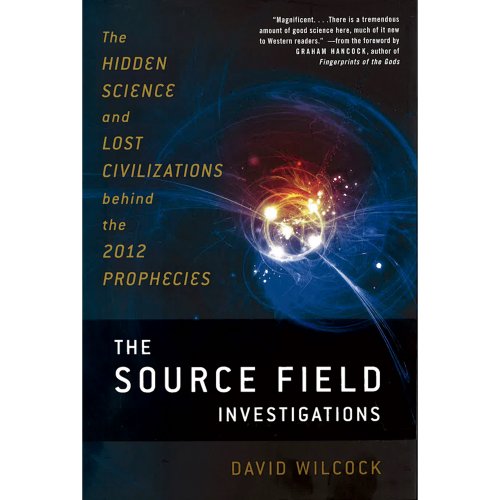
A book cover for The Source Field Investigations: The Hidden Science and Lost Civilizations Behind the 2012 Prophecies; David Wilcock; Science & Math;